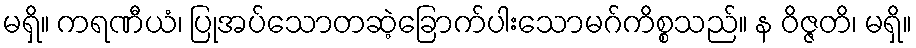
မရှိ။ ကရဏီယံ၊ ပြုအပ်သောတဆဲ့ခြောက်ပါးသောမဂ်ကိစ္စသည်။ န ဝိဇ္ဇတိ၊ မရှိ။